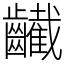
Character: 䶪